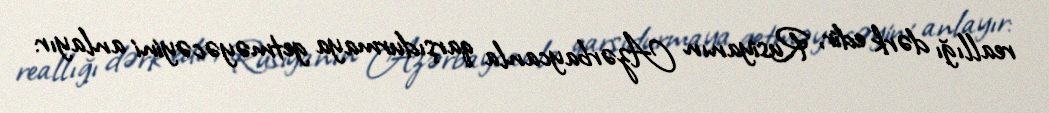
reallığı dərk edir, Rusiyanın Azərbaycanla qarşıdurmaya getməyəcəyini anlayır: